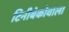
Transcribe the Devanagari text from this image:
टिनीबेकोवाला